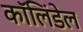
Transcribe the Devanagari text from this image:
कॉलिंडेल